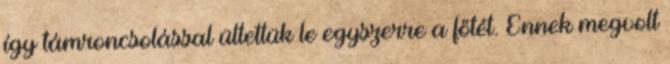
így támroncsolással ültettük le egyszerre a főtét. Ennek megvolt